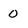
Character: 0